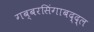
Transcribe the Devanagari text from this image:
गब्बरसिंगाबद्द्ल